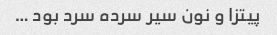
پیتزا و نون سیر سرده سرد بود …